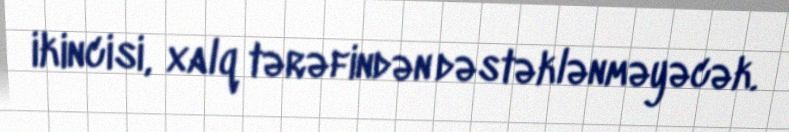
ikincisi, xalq tərəfindən dəstəklənməyəcək.